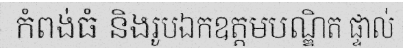
កំពង់ធំ និងរូបឯកឧត្តមបណ្ឌិត ផ្ទាល់